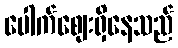
ပေါက်ဈေးရှိနေသည်